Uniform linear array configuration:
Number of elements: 8
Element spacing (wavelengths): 0.25
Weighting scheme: hamming
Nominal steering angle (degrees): -60
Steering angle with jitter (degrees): -60.803
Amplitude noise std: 0.05
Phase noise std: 0.05

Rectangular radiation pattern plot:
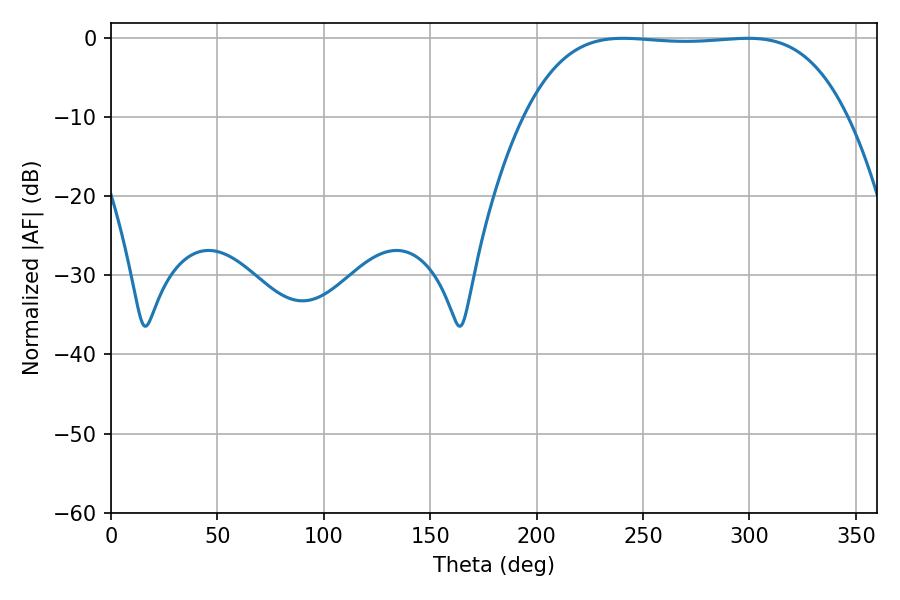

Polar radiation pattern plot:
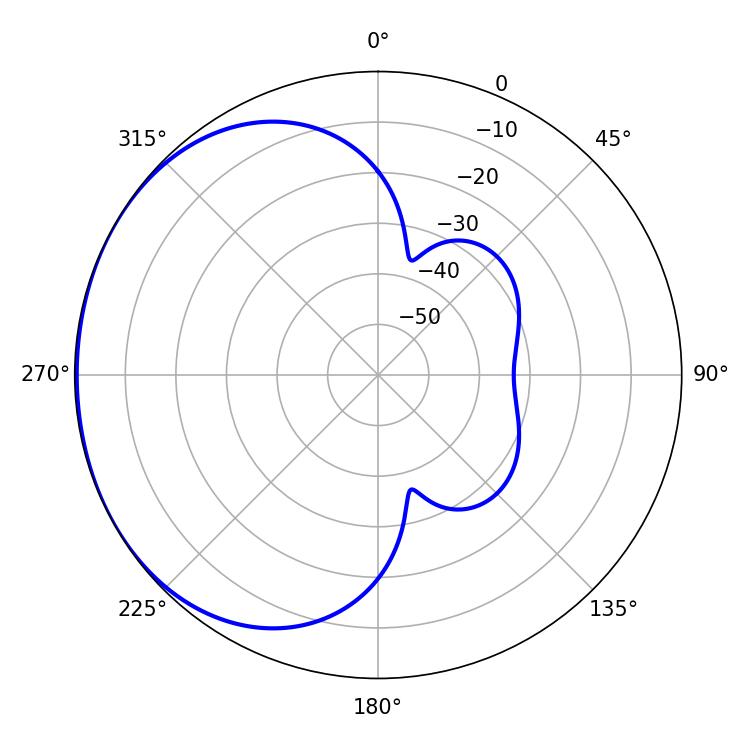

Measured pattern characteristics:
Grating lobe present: FALSE
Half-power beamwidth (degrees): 117.72
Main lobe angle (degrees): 240.66